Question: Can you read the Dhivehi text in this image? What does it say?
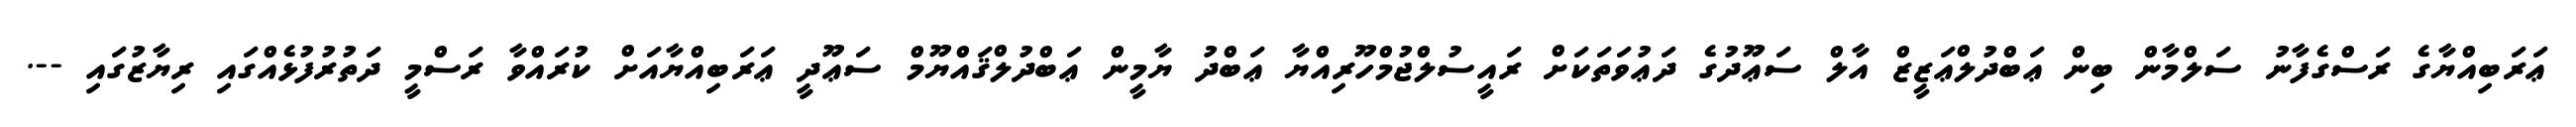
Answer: ޢަރަބިއްޔާގެ ރަސްގެފާނު ސަލްމާން ބިން ޢަބްދުލްޢަޒީޒް އާލް ސަޢޫދުގެ ދަޢުވަތަކަށް ރައީސުލްޖުމްހޫރިއްޔާ ޢަބްދު ޔާމީން ޢަބްދުލްޤައްޔޫމް ސަޢޫދީ ޢަރަބިއްޔާއަށް ކުރައްވާ ރަސްމީ ދަތުރުފުޅެއްގައި ރިޔާޒުގައި --.